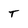
Character: T